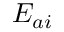
E _ { a i }